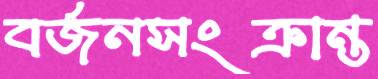
বর্জনসংক্রান্ত